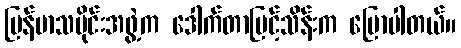
မြန်မာသမိုင်းအဖွဲ့က ဒေါက်တာမြင့်သိန်းက ပြောပါတယ်။